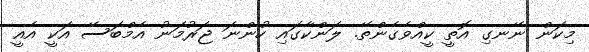
މިކަން ނޭނގި އޮތީ ކީއްވެގެންތޭ. ލަންކާގައި ހުންނަ ޖަރުމަނު އެމްބަސޭ އަކީ އެއީ